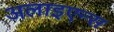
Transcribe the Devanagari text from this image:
अलाइएन्स